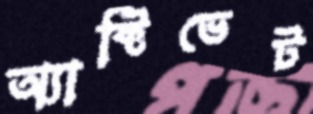
অ্যাক্টিভেট